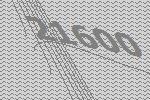
21600